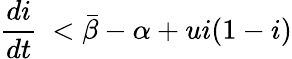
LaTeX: \frac{di}{dt}\ <\bar{\beta}-\alpha+ui(1-i)